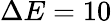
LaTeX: \Delta E=10